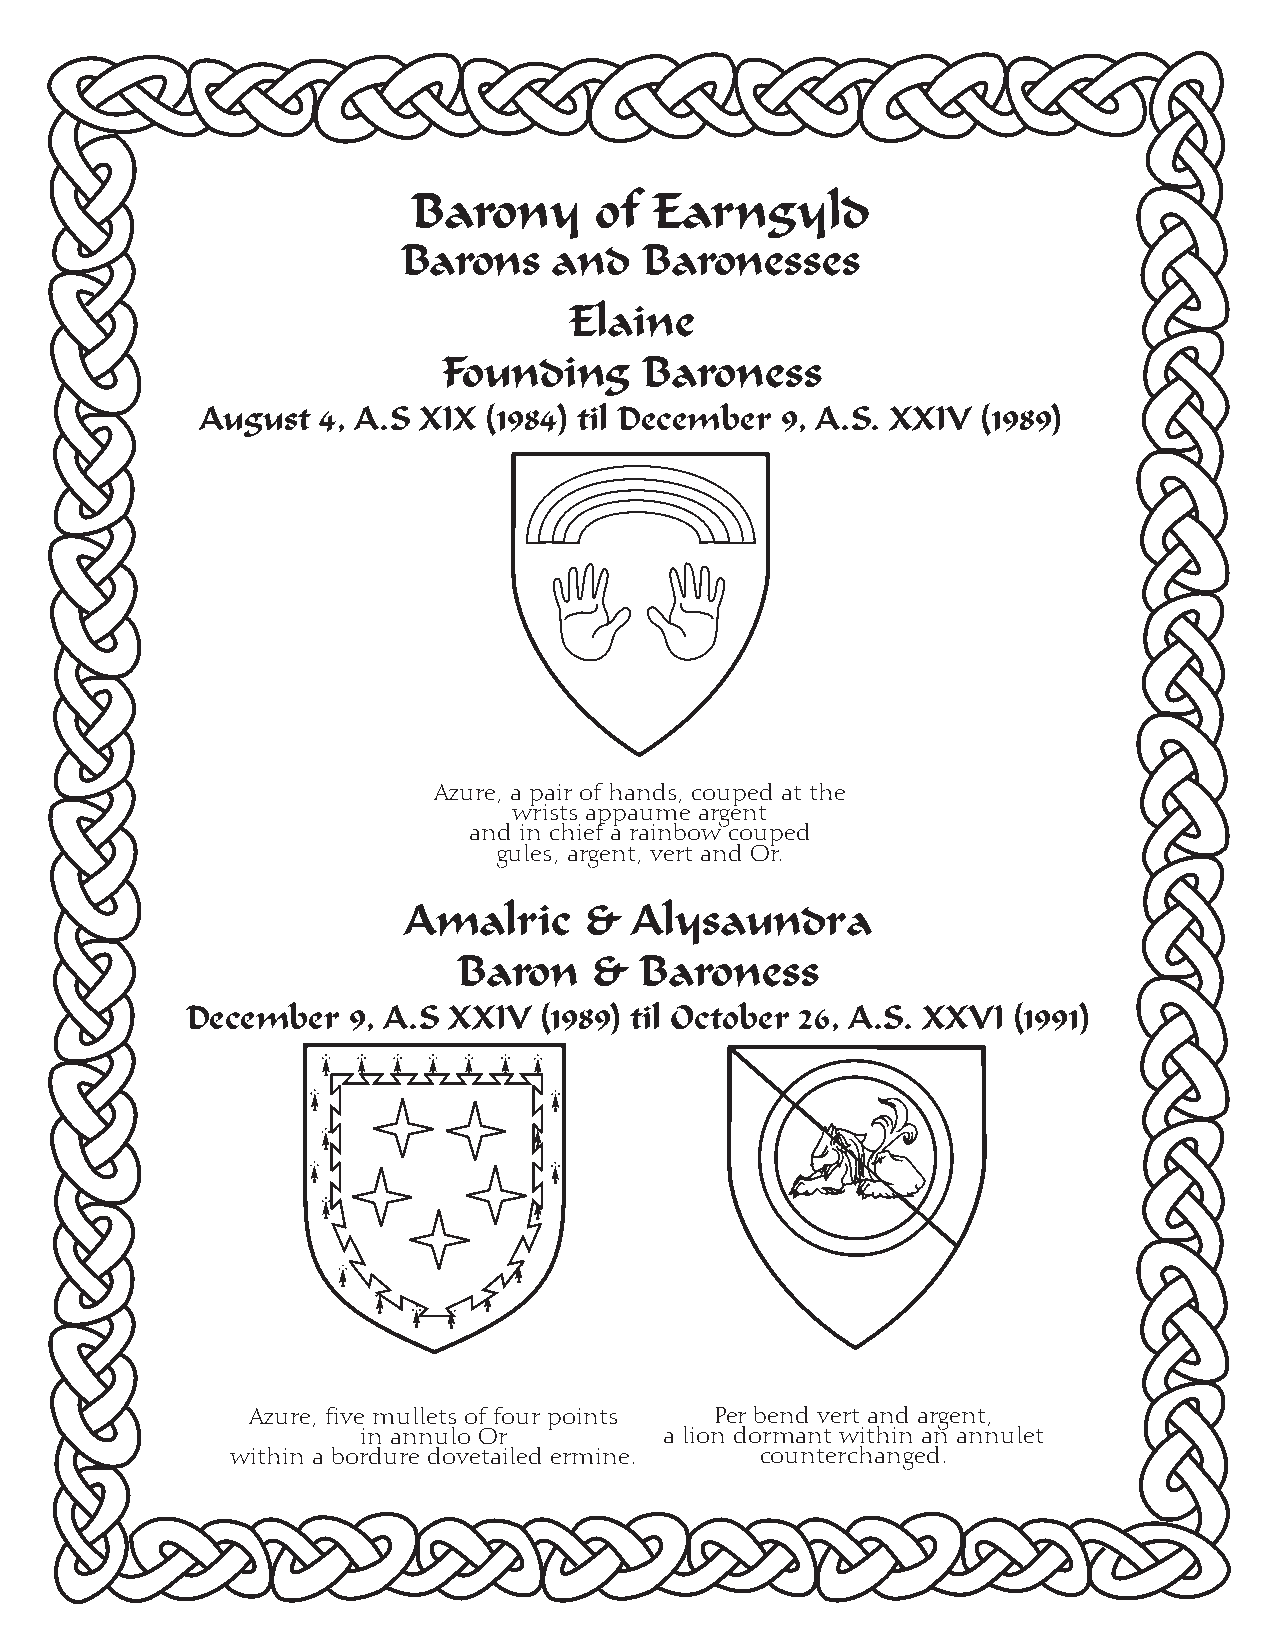
Barony      of  Earngyld
 Barons    and   Baronesses
 Elaine
 Founding      Baroness
 August  4, A.S XIX (1984) til December 9, A.S. XXIV (1989)
 Azure, a pair of hands, couped at the
 wrists appaume argent
 and in chief a rainbow couped
 gules, argent, vert and Or.
 Amalric     &  Alysaundra
 Baron    &  Baroness
 December   9, A.S XXIV  (1989) til October 26, A.S. XXVI (1991)
 Azure, five mullets of four points Per bend vert and argent,
 in annulo Or        a lion dormant within an annulet
 within a bordure dovetailed ermine. counterchanged.